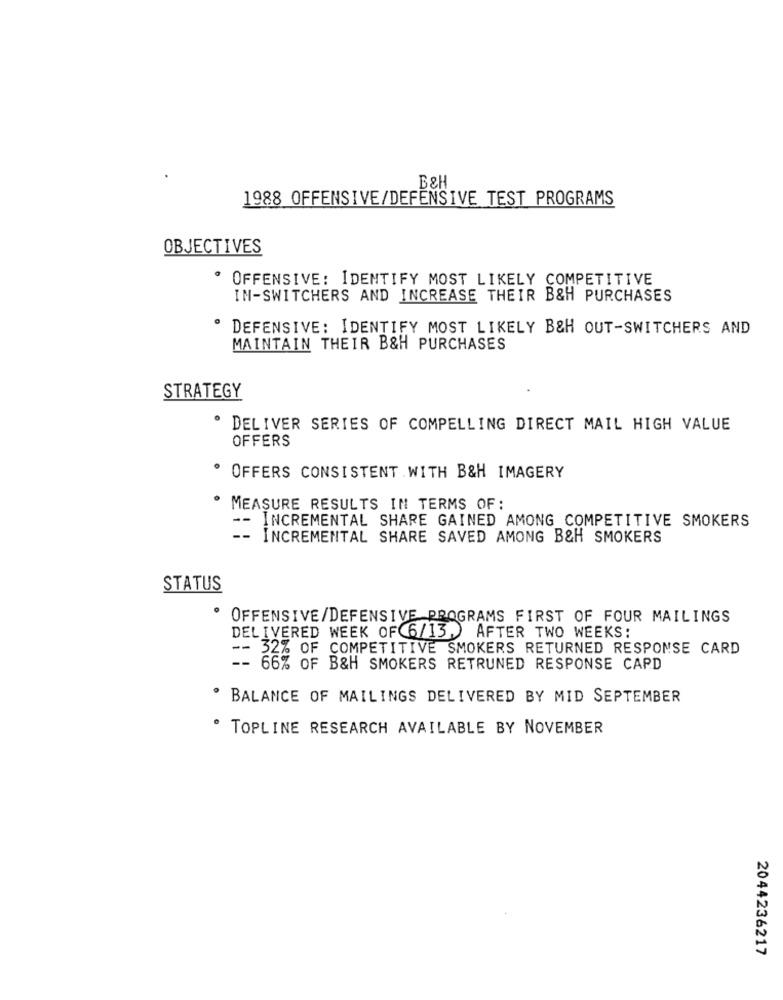
B&H
1988 OFFENSIVE/DEFENSIVE TEST PROGRAMS
OBJECTIVES
· OFFENSIVE: IDENTIFY MOST LIKELY COMPETITIVE
IN-SWITCHERS AND INCREASE THEIR B&H PURCHASES
· DEFENSIVE: IDENTIFY MOST LIKELY B&H OUT-SWITCHERS AND
MAINTAIN THEIR B&H PURCHASES
STRATEGY
· DELIVER SERIES OF COMPELLING DIRECT MAIL HIGH VALUE
OFFERS
OFFERS CONSISTENT WITH B&H IMAGERY
MEASURE RESULTS IN TERMS OF:
-- INCREMENTAL SHARE GAINED AMONG COMPETITIVE SMOKERS
-- INCREMENTAL SHARE SAVED AMONG B&H SMOKERS
STATUS
OFFENSIVE/DEFENSIVE PROGRAMS FIRST OF FOUR MAILINGS
DELIVERED WEEK OF 6/13 ) AFTER TWO WEEKS:
32% OF COMPETITIVE SMOKERS RETURNED RESPONSE CARD
-- 66% OF B&H SMOKERS RETRUNED RESPONSE CARD
BALANCE OF MAILINGS DELIVERED BY MID SEPTEMBER
TOPLINE RESEARCH AVAILABLE BY NOVEMBER
2044236217